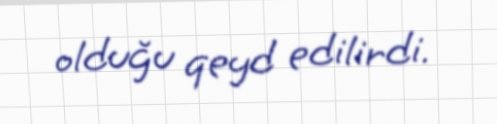
olduğu qeyd edilirdi.